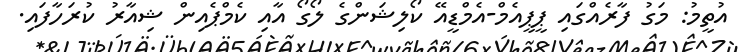
އުތީމު: މަގު ފާރެއްގައި ޕީޕީއެމް-އެމްޑީއޭ ކޯލިޝަންގެ ލޯގޯ އާއި ކެމްޕެއިން ޝިއާރު ކުރަހާފައި.